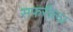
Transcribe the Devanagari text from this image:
सफरीला